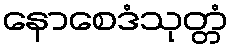
နောစေဒံသုတ္တံ